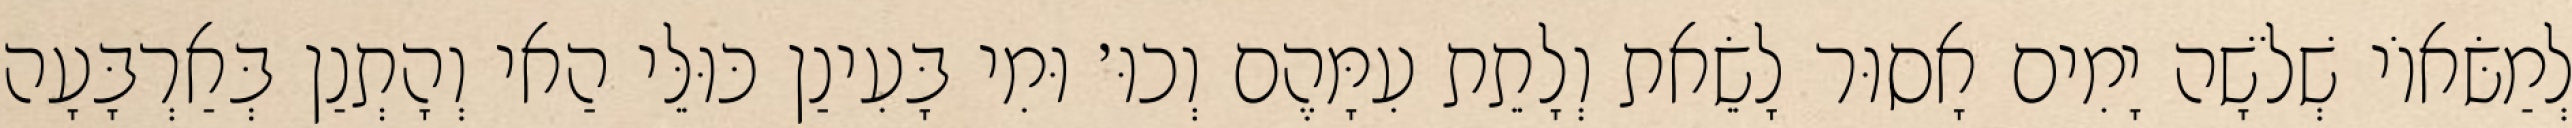
לְמַשּׂאוֹי שְׁלֹשָׁה יָמִים אָסוּר לָשֵׂאת וְלָתֵת עִמָּהֶם וְכוּ׳ וּמִי בָּעִינַן כּוּלֵּי הַאי וְהָתְנַן בְּאַרְבָּעָה